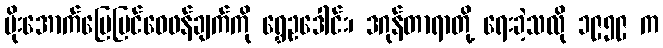
မိုးအောက်မြေပြင်ဝေဖန်ချက်ကို ရွှေဥဒေါင်း၊ ဒဂုန်တာရာတို့ ရေးခဲ့သလို ၁၉၅၉ က